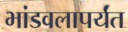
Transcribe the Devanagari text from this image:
भांडवलापर्यंत